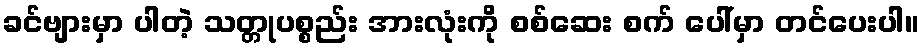
ခင်ဗျားမှာ ပါတဲ့ သတ္တုပစ္စည်း အားလုံးကို စစ်ဆေး စက် ပေါ်မှာ တင်ပေးပါ။